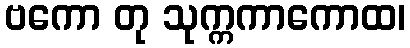
ဗကော တု သုက္ကကာကောထ၊